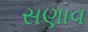
સણાવ